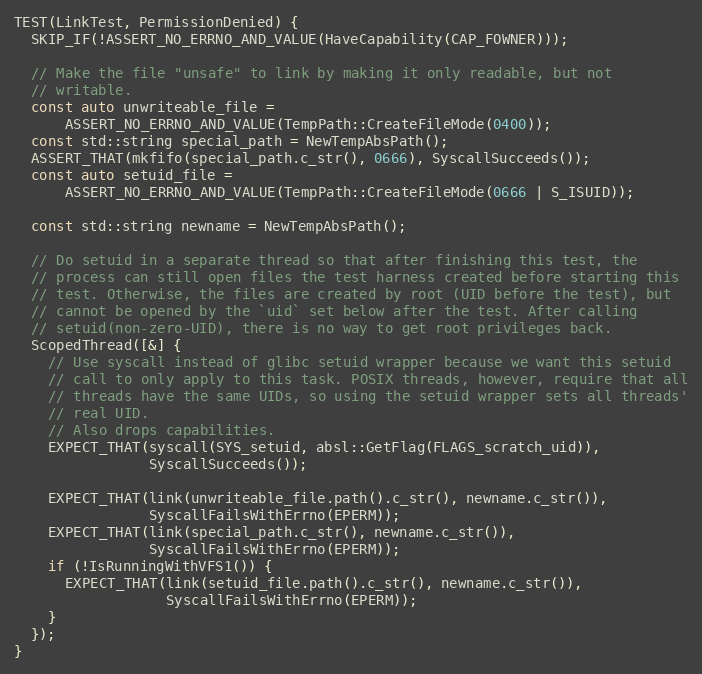
Language: C++
TEST(LinkTest, PermissionDenied) {
  SKIP_IF(!ASSERT_NO_ERRNO_AND_VALUE(HaveCapability(CAP_FOWNER)));

  // Make the file "unsafe" to link by making it only readable, but not
  // writable.
  const auto unwriteable_file =
      ASSERT_NO_ERRNO_AND_VALUE(TempPath::CreateFileMode(0400));
  const std::string special_path = NewTempAbsPath();
  ASSERT_THAT(mkfifo(special_path.c_str(), 0666), SyscallSucceeds());
  const auto setuid_file =
      ASSERT_NO_ERRNO_AND_VALUE(TempPath::CreateFileMode(0666 | S_ISUID));

  const std::string newname = NewTempAbsPath();

  // Do setuid in a separate thread so that after finishing this test, the
  // process can still open files the test harness created before starting this
  // test. Otherwise, the files are created by root (UID before the test), but
  // cannot be opened by the `uid` set below after the test. After calling
  // setuid(non-zero-UID), there is no way to get root privileges back.
  ScopedThread([&] {
    // Use syscall instead of glibc setuid wrapper because we want this setuid
    // call to only apply to this task. POSIX threads, however, require that all
    // threads have the same UIDs, so using the setuid wrapper sets all threads'
    // real UID.
    // Also drops capabilities.
    EXPECT_THAT(syscall(SYS_setuid, absl::GetFlag(FLAGS_scratch_uid)),
                SyscallSucceeds());

    EXPECT_THAT(link(unwriteable_file.path().c_str(), newname.c_str()),
                SyscallFailsWithErrno(EPERM));
    EXPECT_THAT(link(special_path.c_str(), newname.c_str()),
                SyscallFailsWithErrno(EPERM));
    if (!IsRunningWithVFS1()) {
      EXPECT_THAT(link(setuid_file.path().c_str(), newname.c_str()),
                  SyscallFailsWithErrno(EPERM));
    }
  });
}